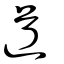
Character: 衜